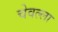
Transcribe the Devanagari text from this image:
चेवल्ला